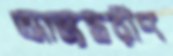
আভ্যন্তরীণ